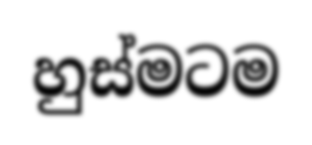
හුස්මටම